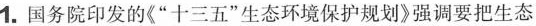
1.国务院印发的《”十三五”生态环境保护规划》强调要把生态